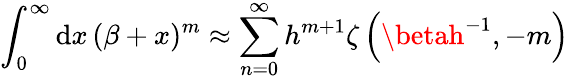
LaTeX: \int_{0}^{\infty}\mathrm{d}x\, (\beta+x)^{m}\approx\sum_{n=0}^{\infty}h^{m+1}\zeta\left(\betah^{-1},-m\right)